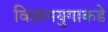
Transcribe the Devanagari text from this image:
विज्ञानयुगाकडे